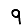
Digit: 9